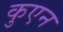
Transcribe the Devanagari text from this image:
कुएन